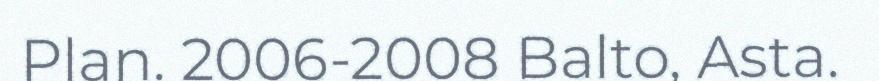
Plan. 2006-2008 Balto, Asta.